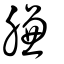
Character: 膁